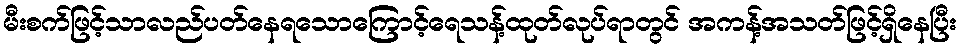
မီးစက်ဖြင့်သာလည်ပတ်နေရသောကြောင့်ရေသန့်ထုတ်လုပ်ရာတွင် အကန့်အသတ်ဖြင့်ရှိနေပြီး